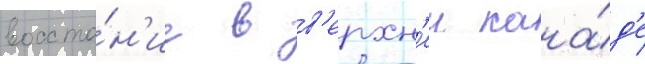
восста́н'ие в в'ерхн'еи кана́д'е